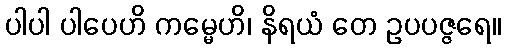
ပါပါ ပါပေဟိ ကမ္မေဟိ၊ နိရယံ တေ ဥပပဇ္ဇရေ။